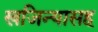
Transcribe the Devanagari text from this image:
खजिन्यासह